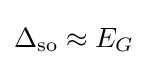
\Delta _{\rm {so}}\approx E_{G}